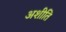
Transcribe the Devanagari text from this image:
अशीति